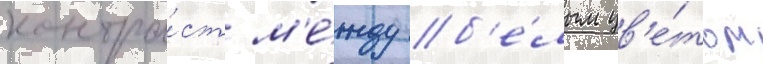
контра́ст м'е́жду б'е́лым цв'е́том